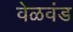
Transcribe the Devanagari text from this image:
वेळवंड